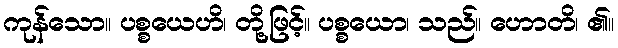
ကုန်သော။ ပစ္စယေဟိ၊ တို့ဖြင့်။ ပစ္စယော၊ သည်။ ဟောတိ၊ ၏။